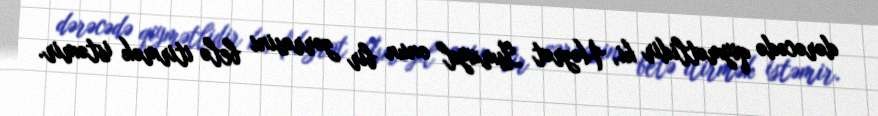
dərəcədə qiymətlidir ki, Həzrət İsmayıl onun bir zərrəsini belə itirmək istəmir.